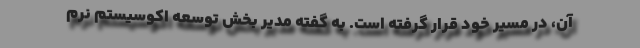
آن، در مسیر خود قرار گرفته است. به گفته مدیر بخش توسعه اکوسیستم نرم